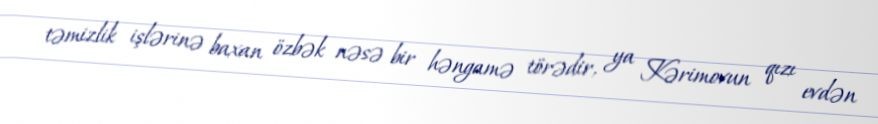
təmizlik işlərinə baxan özbək nəsə bir həngamə törədir, ya Kərimovun qızı evdən